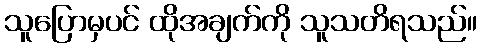
သူပြောမှပင် ထိုအချက်ကို သူသတိရသည်။